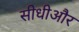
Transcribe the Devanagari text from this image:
सीधीऔर